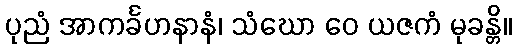
ပုညံ အာကင်္ခဟနာနံ၊ သံဃော ဝေ ယဇကံ မုခန္တိ။